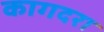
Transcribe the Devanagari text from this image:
कागदरा